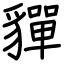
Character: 貚